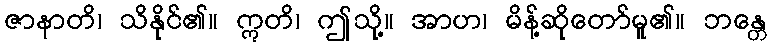
ဇာနာတိ၊ သိနိုင်၏။ ဣတိ၊ ဤသို့။ အာဟ၊ မိန့်ဆိုတော်မူ၏။ ဘန္တေ